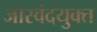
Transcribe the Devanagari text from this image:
जास्वंदयुक्त